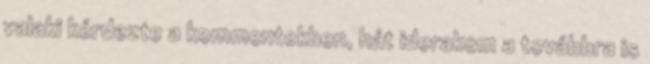
valaki kérdezte a kommentekben, hát iderakom a továbbra is